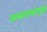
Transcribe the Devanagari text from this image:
असतत्यामुळे